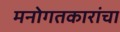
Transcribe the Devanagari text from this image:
मनोगतकारांचा